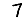
Digit: 7